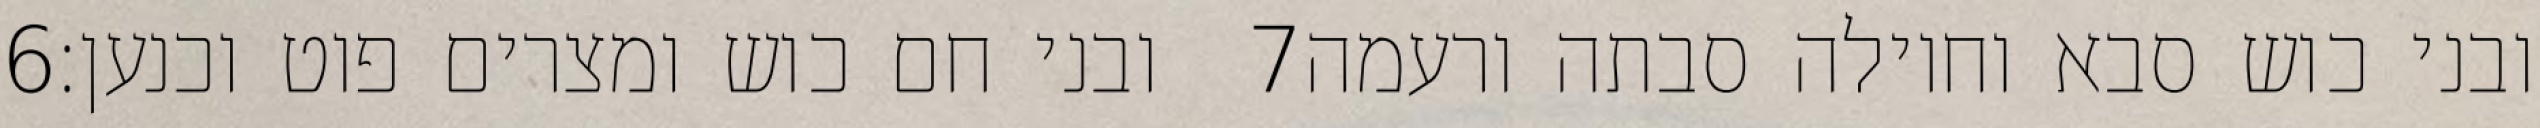
‎6‏ ובני חם כוש ומצרים פוט וכנען׃ ‎7‏ ובני כוש סבא וחוילה סבתה ורעמה